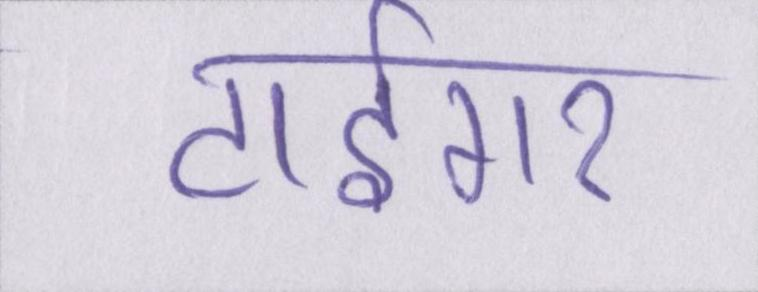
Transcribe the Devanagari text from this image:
टाईगर